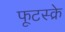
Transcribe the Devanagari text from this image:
फूटस्क्रे